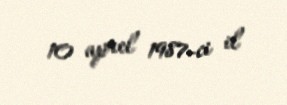
10 aprel 1987-ci il